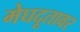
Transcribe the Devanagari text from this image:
मेघदूतावर